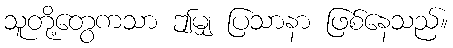
သူတို့တွေကသာ ဤမျှ ပြသာနာ ဖြစ်နေသည်။